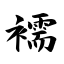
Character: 襦